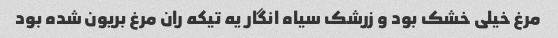
مرغ خیلی خشک بود و زرشک سیاه انگار یه تیکه ران مرغ بریون شده بود